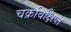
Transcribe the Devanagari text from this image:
चक्रविक्षिप्त